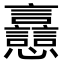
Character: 𧮗